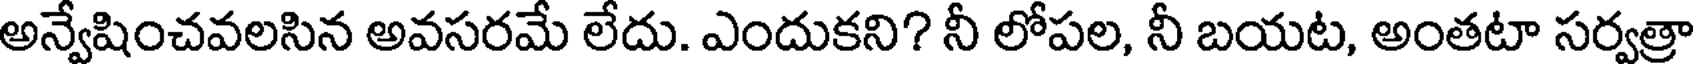
అన్వేషించవలసిన అవసరమే లేదు. ఎందుకని? నీ లోపల, నీ బయట, అంతటా సర్వత్రా